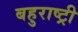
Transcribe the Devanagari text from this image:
बहुराष्ट्री